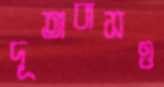
দূতাবাসও